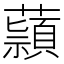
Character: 蘏